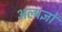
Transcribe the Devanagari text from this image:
अल्पज्ञों